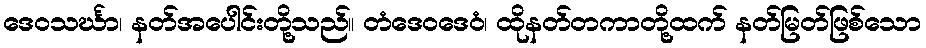
ဒေဝသင်္ဃာ၊ နတ်အပေါင်းတို့သည်။ တံဒေဝဒေဝံ၊ ထိုနတ်တကာတို့ထက် နတ်မြတ်ဖြစ်သော